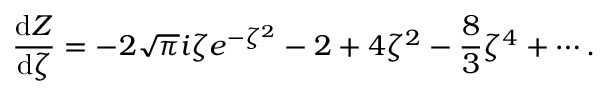
\frac { \mathrm { d } Z } { \mathrm { d } \zeta } = - 2 \sqrt { \pi } i \zeta e ^ { - \zeta ^ { 2 } } - 2 + 4 \zeta ^ { 2 } - \frac { 8 } { 3 } \zeta ^ { 4 } + \cdots .